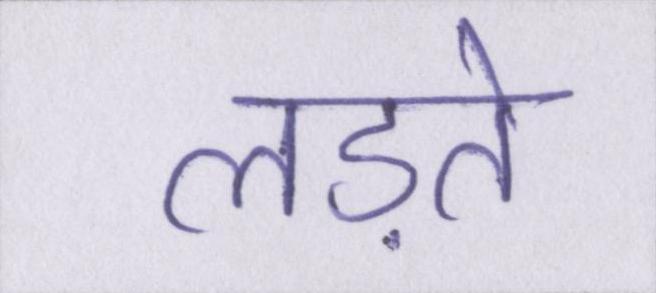
लड़ते